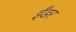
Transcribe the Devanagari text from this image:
ईंडर